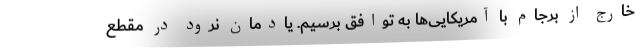
خارج از برجام با آمریکایی‌ها به توافق برسیم. یادمان نرود در مقطع